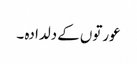
عورتوں کے دلدادہ ۔